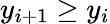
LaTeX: y_{i+1}\ge y_{i}